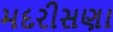
મદરીસણા